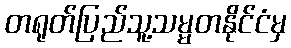
တရုတ်ပြည်သူ့သမ္မတနိုင်ငံမှ